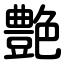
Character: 艶